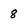
Character: 8